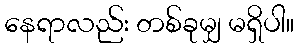
နေရာလည်း တစ်ခုမျှ မရှိပါ။